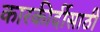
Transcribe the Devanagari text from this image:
कारकीर्दीसाठी